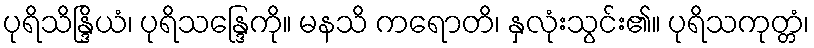
ပုရိသိန္ဒြိယံ၊ ပုရိသန္ဒြေကို။ မနသိ ကရောတိ၊ နှလုံးသွင်း၏။ ပုရိသကုတ္တံ၊